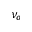
\nu _ { o }